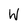
Character: W